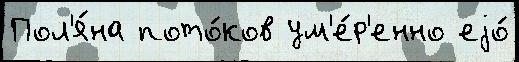
Пол'я́на пото́ков ум'е́р'енно еjо́